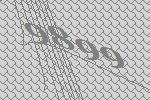
9899